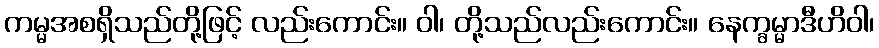
ကမ္မအစရှိသည်တို့ဖြင့် လည်းကောင်း။ ဝါ၊ တို့သည်လည်းကောင်း။ နေက္ခမ္မာဒီဟိဝါ၊